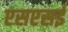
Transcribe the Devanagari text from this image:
एसएसई